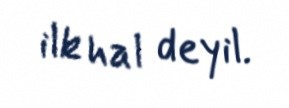
ilk hal deyil.